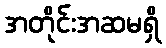
အတိုင်းအဆမရှိ